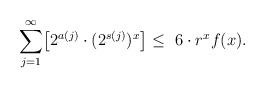
\begin{align*} \sum_{j=1}^\infty \bigl[2^{a(j)} \cdot (2^{s(j)})^x\bigl]\ \leq\ 6 \cdot r^x f(x).\end{align*}